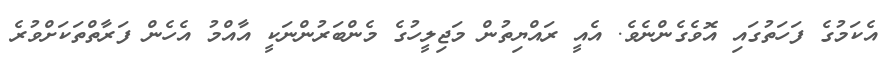
އެކަމުގެ ފަހަތުގައި އޮވެގެންނެވެ. އެއީ ރައްޔިތުން މަޖިލީހުގެ މެންބަރުންނަކީ އާއްމު އެހެން ފަރާތްތަކަށްވުރެ